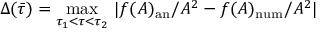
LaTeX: \Delta ( \bar { \tau } ) = \operatorname * { m a x } _ { \tau _ { 1 } < \tau < \tau _ { 2 } } \, | f ( A ) _ { \mathrm { a n } } / A ^ { 2 } - f ( A ) _ { \mathrm { n u m } } / A ^ { 2 } |